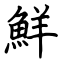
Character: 鮮